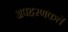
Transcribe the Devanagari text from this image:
अपहरणकर्ते